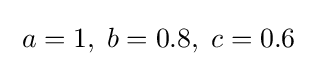
\;a=1,\;b=0.8,\;c=0.6\;